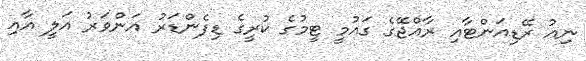
ނިއު ރޭޑިއަންޓާއި ރާއްޖޭގެ ގައުމީ ޓީމުގެ ކުރީގެ ޑިފެންޑަރު އަންވަރު އަލީ އާއި